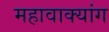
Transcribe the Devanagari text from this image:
महावाक्यांग